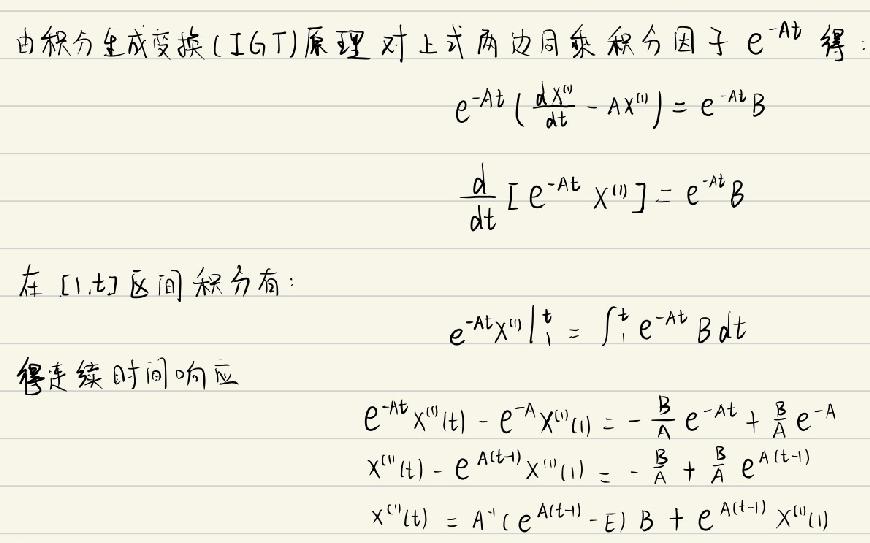
由积分生成变换 (IGT) 原理对上式两边同乘积分因子 \(e^{-At}\) 得：
\[e^{-At}\left(\frac{dX^{(t)}}{dt}-AX^{(t)}\right)=e^{-At}B\]
\[\frac{d}{dt}\left[e^{-At}X^{(t)}\right]=e^{-At}B\]
在 \([1,t]\) 区间积分有：
\[e^{-At}X^{(t)}\big|_{1}^{t}=\int_{1}^{t}e^{-At}Bdt\]
得连续时间响应
\[e^{-At}X^{(t)}(t)-e^{-A}X^{(t)}(1)=-\frac{B}{A}e^{-At}+\frac{B}{A}e^{-A}\]
\[X^{(t)}(t)-e^{A(t - 1)}X^{(t)}(1)=-\frac{B}{A}+\frac{B}{A}e^{A(t - 1)}\]
\[X^{(t)}(t)=A^{-1}(e^{A(t - 1)}-E)B+e^{A(t - 1)}X^{(t)}(1)\]